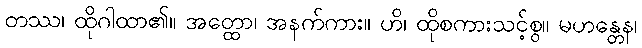
တဿ၊ ထိုဂါထာ၏။ အတ္ထော၊ အနက်ကား။ ဟိ၊ ထိုစကားသင့်စွ။ မဟန္တေန၊